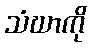
သံဃာကို